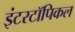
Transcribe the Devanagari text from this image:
इंटरटॉपिकल